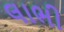
લાભી